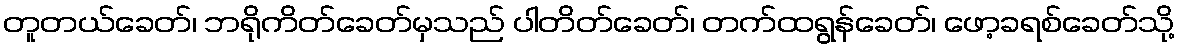
တူတယ်ခေတ်၊ ဘရိုကိတ်ခေတ်မှသည် ပါတိတ်ခေတ်၊ တက်ထရွန်ခေတ်၊ ဖော့ခရစ်ခေတ်သို့